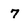
Character: 7